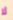
لا